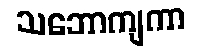
သဘောကျကာ